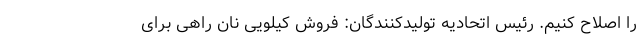
را اصلاح کنیم. رئیس اتحادیه تولیدکنندگان: فروش کیلویی نان راهی برای